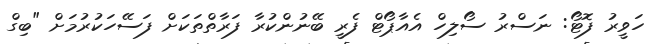
ހަވީރު ފޮޓޯ: ނަސްރު ސޯލިހް އެއާޕޯޓް ފެރީ ބޭނުންކުރާ ފަރާތްތަކަށް ފަސޭހަކުރުމަށް "ބިގް